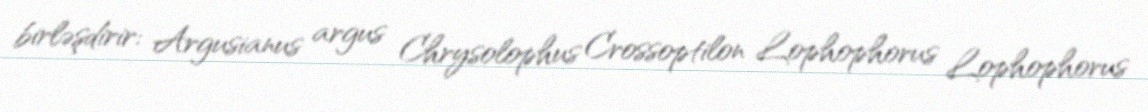
birləşdirir: Argusianus argus Chrysolophus Crossoptilon Lophophorus Lophophorus